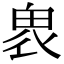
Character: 𤱮